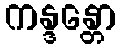
ကန္ဒန္တော